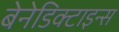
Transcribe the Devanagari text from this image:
बेनेडिक्टाइन्स